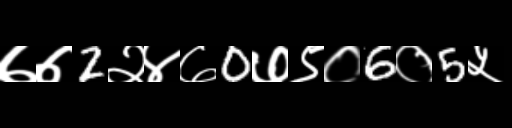
Text: ७७2२४७0७९०6०5५